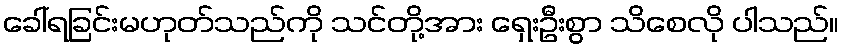
ခေါ်ရခြင်းမဟုတ်သည်ကို သင်တို့အား ရှေးဦးစွာ သိစေလို ပါသည်။